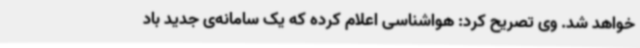
خواهد شد. وی تصریح کرد: هواشناسی اعلام کرده که یک سامانه‌ی جدید باد